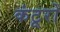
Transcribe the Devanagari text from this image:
कंटूरों